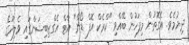
ދިޔުމެވެ. އެގޮތުން މިފަހުން ބޭއްވި "ކްރެކް އޮފް ޑޯން" އާޓް އެގްޒިބިޝަންގައި ވެލިދޫގެ